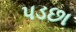
પડછા